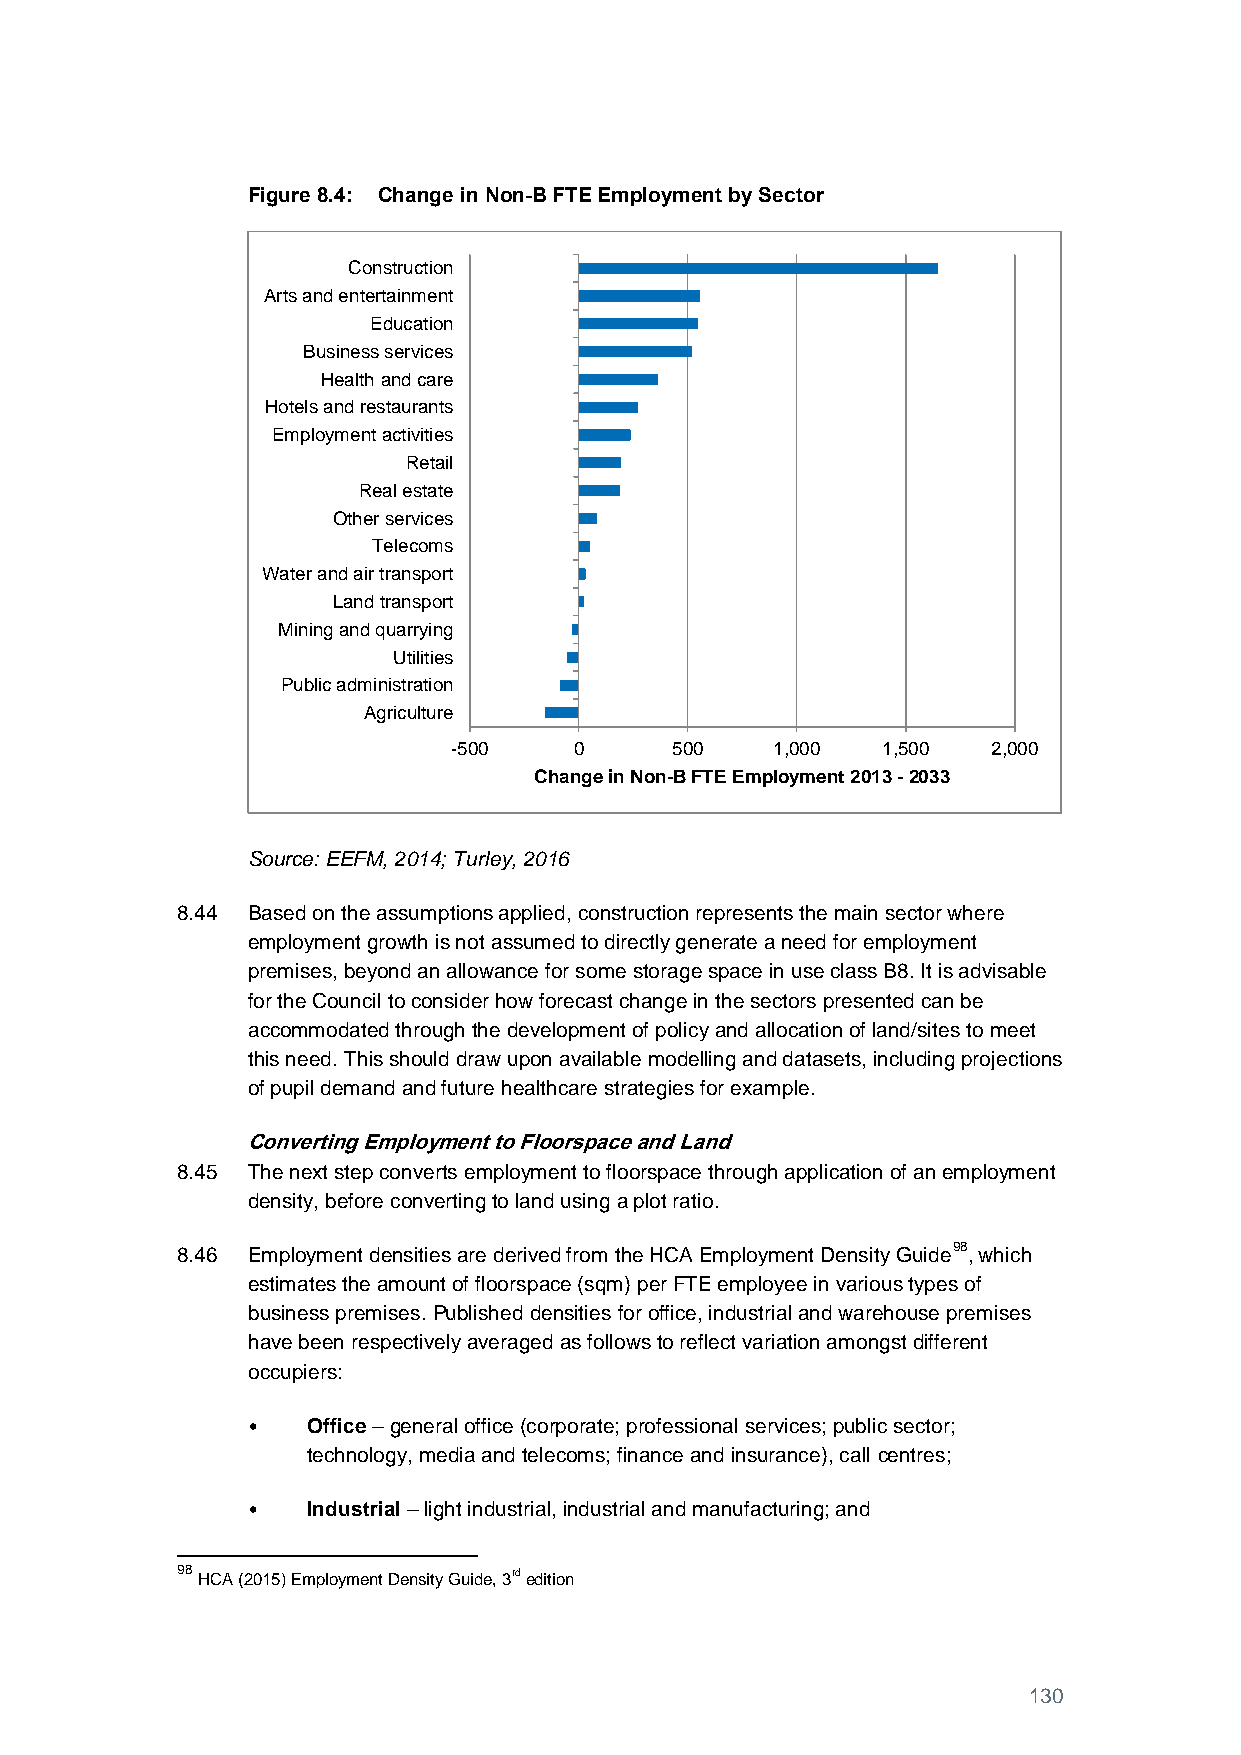
Figure 8.4: Change in Non-B FTE Employment by Sector
 Construction
 Arts and entertainment
 Education
 Business services
 Health and care
 Hotels and restaurants
 Employment activities
 Retail
 Real estate
 Other services
 Telecoms
 Water and air transport
 Land transport
 Mining and quarrying
 Utilities
 Public administration
 Agriculture
 -500    0     500    1,000  1,500   2,000
 Change in Non-B FTE Employment 2013 - 2033
 Source: EEFM, 2014; Turley, 2016
 8.44 Based on the assumptions applied, construction represents the main sector where
 employment growth is not assumed to directly generate a need for employment
 premises, beyond an allowance for some storage space in use class B8. It is advisable
 for the Council to consider how forecast change in the sectors presented can be
 accommodated through the development of policy and allocation of land/sites to meet
 this need. This should draw upon available modelling and datasets, including projections
 of pupil demand and future healthcare strategies for example.
 Converting Employment to Floorspace and Land
 8.45 The next step converts employment to floorspace through application of an employment
 density, before converting to land using a plot ratio.
 8.46 Employment densities are derived from the HCA Employment Density Guide98, which
 estimates the amount of floorspace (sqm) per FTE employee in various types of
 business premises. Published densities for office, industrial and warehouse premises
 have been respectively averaged as follows to reflect variation amongst different
 occupiers:
 •   Office – general office (corporate; professional services; public sector;
 technology, media and telecoms; finance and insurance), call centres;
 •   Industrial – light industrial, industrial and manufacturing; and
 98 HCA (2015) Employment Density Guide, 3rd edition
 130